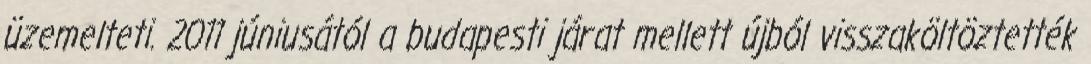
üzemelteti. 2011 júniusától a budapesti járat mellett újból visszaköltöztették